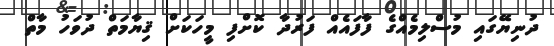
ދުނިޔޭގައި މުސްލިމެއްގެ ފާފައެއް ފަރުދާ ކޮށްފި މީހަކަށް ޤިޔާމަތް ދުވަހު މާތް